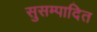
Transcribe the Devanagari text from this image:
सुसम्पादित